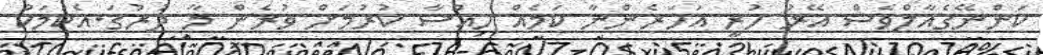
ކަންނޭގެއާލްވެސް އޭރު ހުރީ އަހަރެންނާ ކަމެއް ހިއްސާ ކުރުމަށް ވުރެން މާ ދުރުގަ.އެކަމަކު